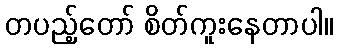
တပည့်တော် စိတ်ကူးနေတာပါ။